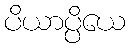
ပိယာပ္ပိယေ